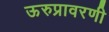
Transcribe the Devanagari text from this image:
ऊरुप्रावरणी